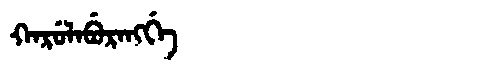
Manchu: ᡴᠠᡵᡠᠯᠠᠪᡠᡵᠠᠩᡤᡝ
Romanization: KARULABURANGGE